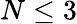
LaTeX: N\leq 3